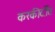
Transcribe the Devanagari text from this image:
करकीर्दीत